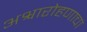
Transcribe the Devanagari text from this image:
अश्वारोहणाचा